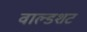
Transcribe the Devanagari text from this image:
वाल्डशट